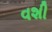
વશી